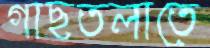
গাছতলাতে